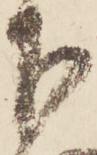
下